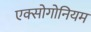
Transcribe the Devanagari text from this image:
एक्सोगोनियम